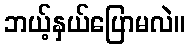
ဘယ့်နှယ်ပြောမလဲ။